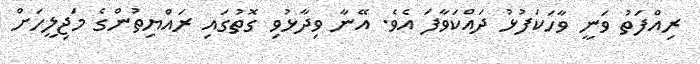
ރިއްފަތު ވަނީ ވާހަކަފުޅު ދައްކަވާފަ އެވެ. އޭނާ ވިދާޅުވި ގޮތުގައި ރައްޔިތުންގެ މަޖިލީހަށް